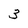
Character: 3